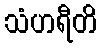
သံဟရီတိ